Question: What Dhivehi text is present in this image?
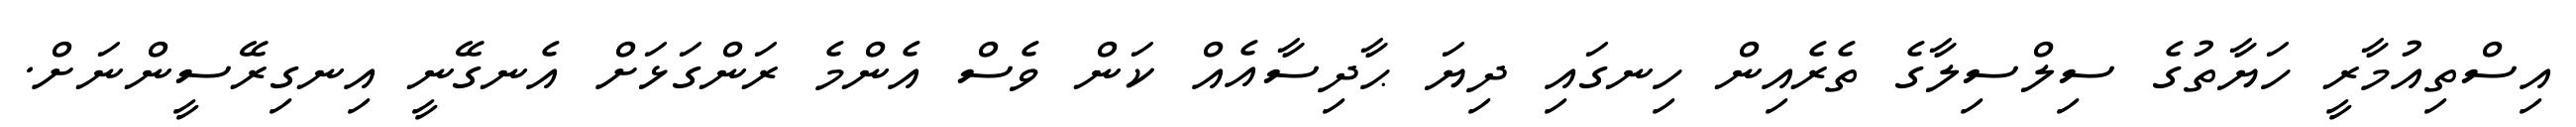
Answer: އިސްތިއުމާރީ ހަޔާތުގެ ސިލްސިލާގެ ތެރެއިން ހިނގައި ދިޔަ ޙާދިސާއެއް ކަން ވެސް އެންމެ ރަންގަޅަށް އެނގޭނީ އިނގިރޭސީންނަށް.